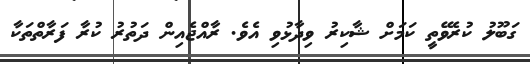
ގަބޫލު ކުރެވޭތީ ކަމަށް ޝާކިރު ވިދާޅުވި އެވެ. ރާއްޖެއިން ދަތުރު ކުރާ ފަރާތްތަކާ